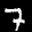
Label: 7